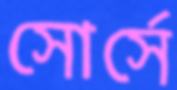
সোর্সে